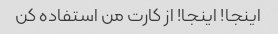
اینجا! اینجا! از کارت من استفاده کن